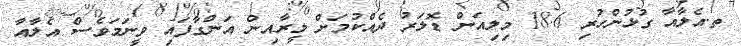
ތ.އެލާއާ ގުޅުންހުރި 18.6 މިލިއަން ޑޮލަރު ދެއްކުމަށް މީރާއިން އަންގާފައި ވީނަމަވެސް އެލާއާ